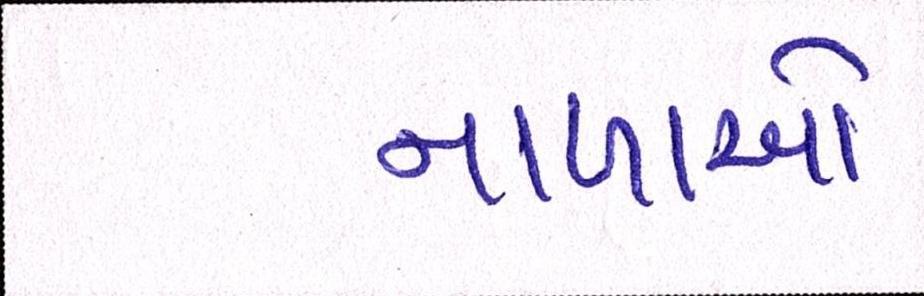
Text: નાળાઓ